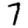
Digit: 7